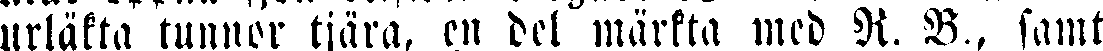
urläkta tunnor tjära, en del märkta med R. B., samt